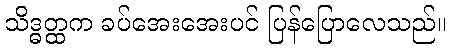
သိဒ္ဓတ္ထက ခပ်အေးအေးပင် ပြန်ပြောလေသည်။